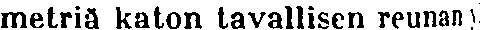
metriä katon tavallisen reunan)